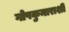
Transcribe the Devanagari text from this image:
गोपकुमाराशी